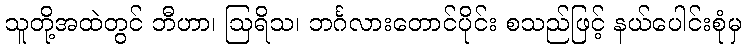
သူတို့အထဲတွင် ဘီဟာ၊ ဩရိသ၊ ဘင်္ဂလားတောင်ပိုင်း စသည်ဖြင့် နယ်ပေါင်းစုံမှ